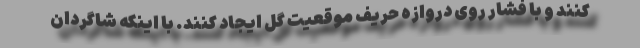
کنند و با فشار روی دروازه حریف موقعیت گل ایجاد کنند. با اینکه شاگردان